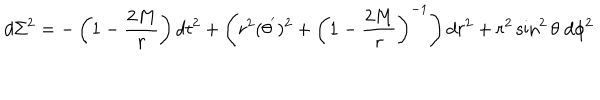
d \Sigma ^ { 2 } = - \left( 1 - \frac { 2 M } { r } \right) d t ^ { 2 } + \left( r ^ { 2 } ( \theta ^ { ' } ) ^ { 2 } + \left( 1 - \frac { 2 M } { r } \right) ^ { - 1 } \right) d r ^ { 2 } + r ^ { 2 } \sin ^ { 2 } \theta \; d \phi ^ { 2 }